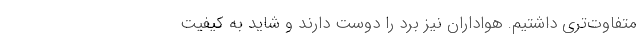
متفاوت‌تری داشتیم. هواداران نیز برد را دوست دارند و شاید به کیفیت